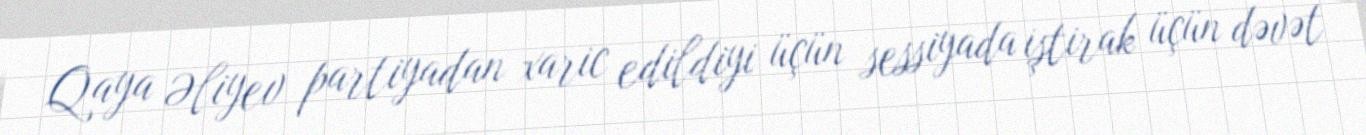
Qaya Əliyev partiyadan xaric edildiyi üçün sessiyada iştirak üçün dəvət